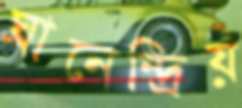
ঘ্রানেন্দ্রিয়